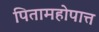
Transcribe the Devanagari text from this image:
पितामहोपात्त